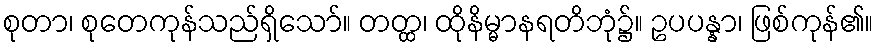
စုတာ၊ စုတေကုန်သည်ရှိသော်။ တတ္ထ၊ ထိုနိမ္မာနရတိဘုံ၌။ ဥပပန္နာ၊ ဖြစ်ကုန်၏။